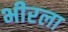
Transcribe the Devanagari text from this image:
भीरला